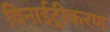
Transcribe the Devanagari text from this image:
विनाईट्रीकरण